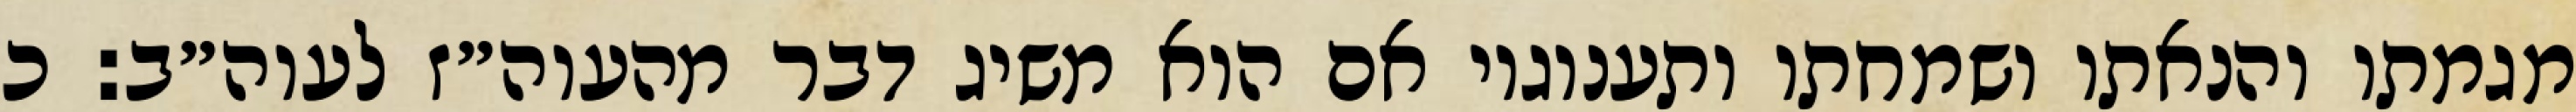
מגמתו והנאתו ושמחתו ותענוגיו אם הוא משיג דבר מהעוה״ז לעוה״ב: כ